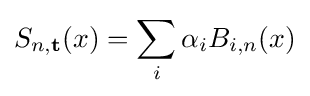
S_{n,\mathbf {t} }(x)=\sum _{i}\alpha _{i}B_{i,n}(x)